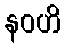
နဝဟိ